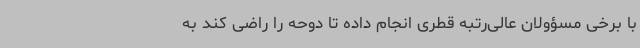
با برخی مسؤولان عالی‌رتبه قطری انجام داده تا دوحه را راضی کند به